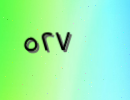
٥٢٧